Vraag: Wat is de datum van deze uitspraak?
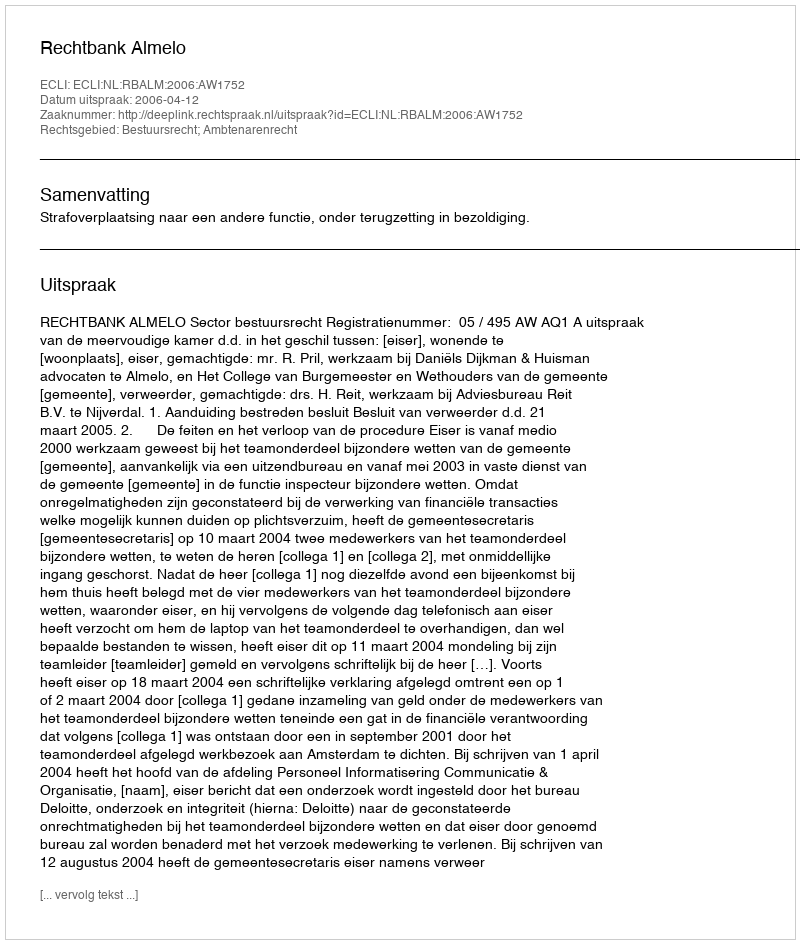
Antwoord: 2006-04-12